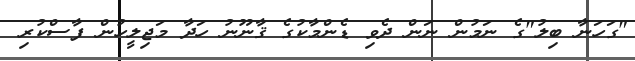
"ގަހަނާ ބިލު"ގެ ނަމުން ނަން ދެވި ޑެންމާކުގެ ޤާނޫނު ހަދާ މަޖިލީހުން ފާސްކުރި